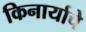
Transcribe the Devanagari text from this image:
किनार्याचे